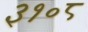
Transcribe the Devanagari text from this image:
३१०८